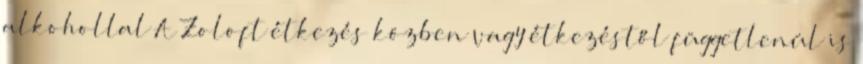
alkohollal A Zoloft étkezés közben vagy étkezéstől függetlenül is